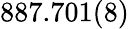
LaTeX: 887.701(8)